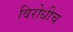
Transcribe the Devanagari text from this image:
विरोधीच